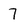
Character: 7